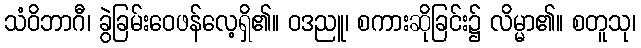
သံဝိဘာဂီ၊ ခွဲခြမ်းဝေဖန်လေ့ရှိ၏။ ဝဒညူ၊ စကားဆိုခြင်း၌ လိမ္မာ၏။ စတူသု၊